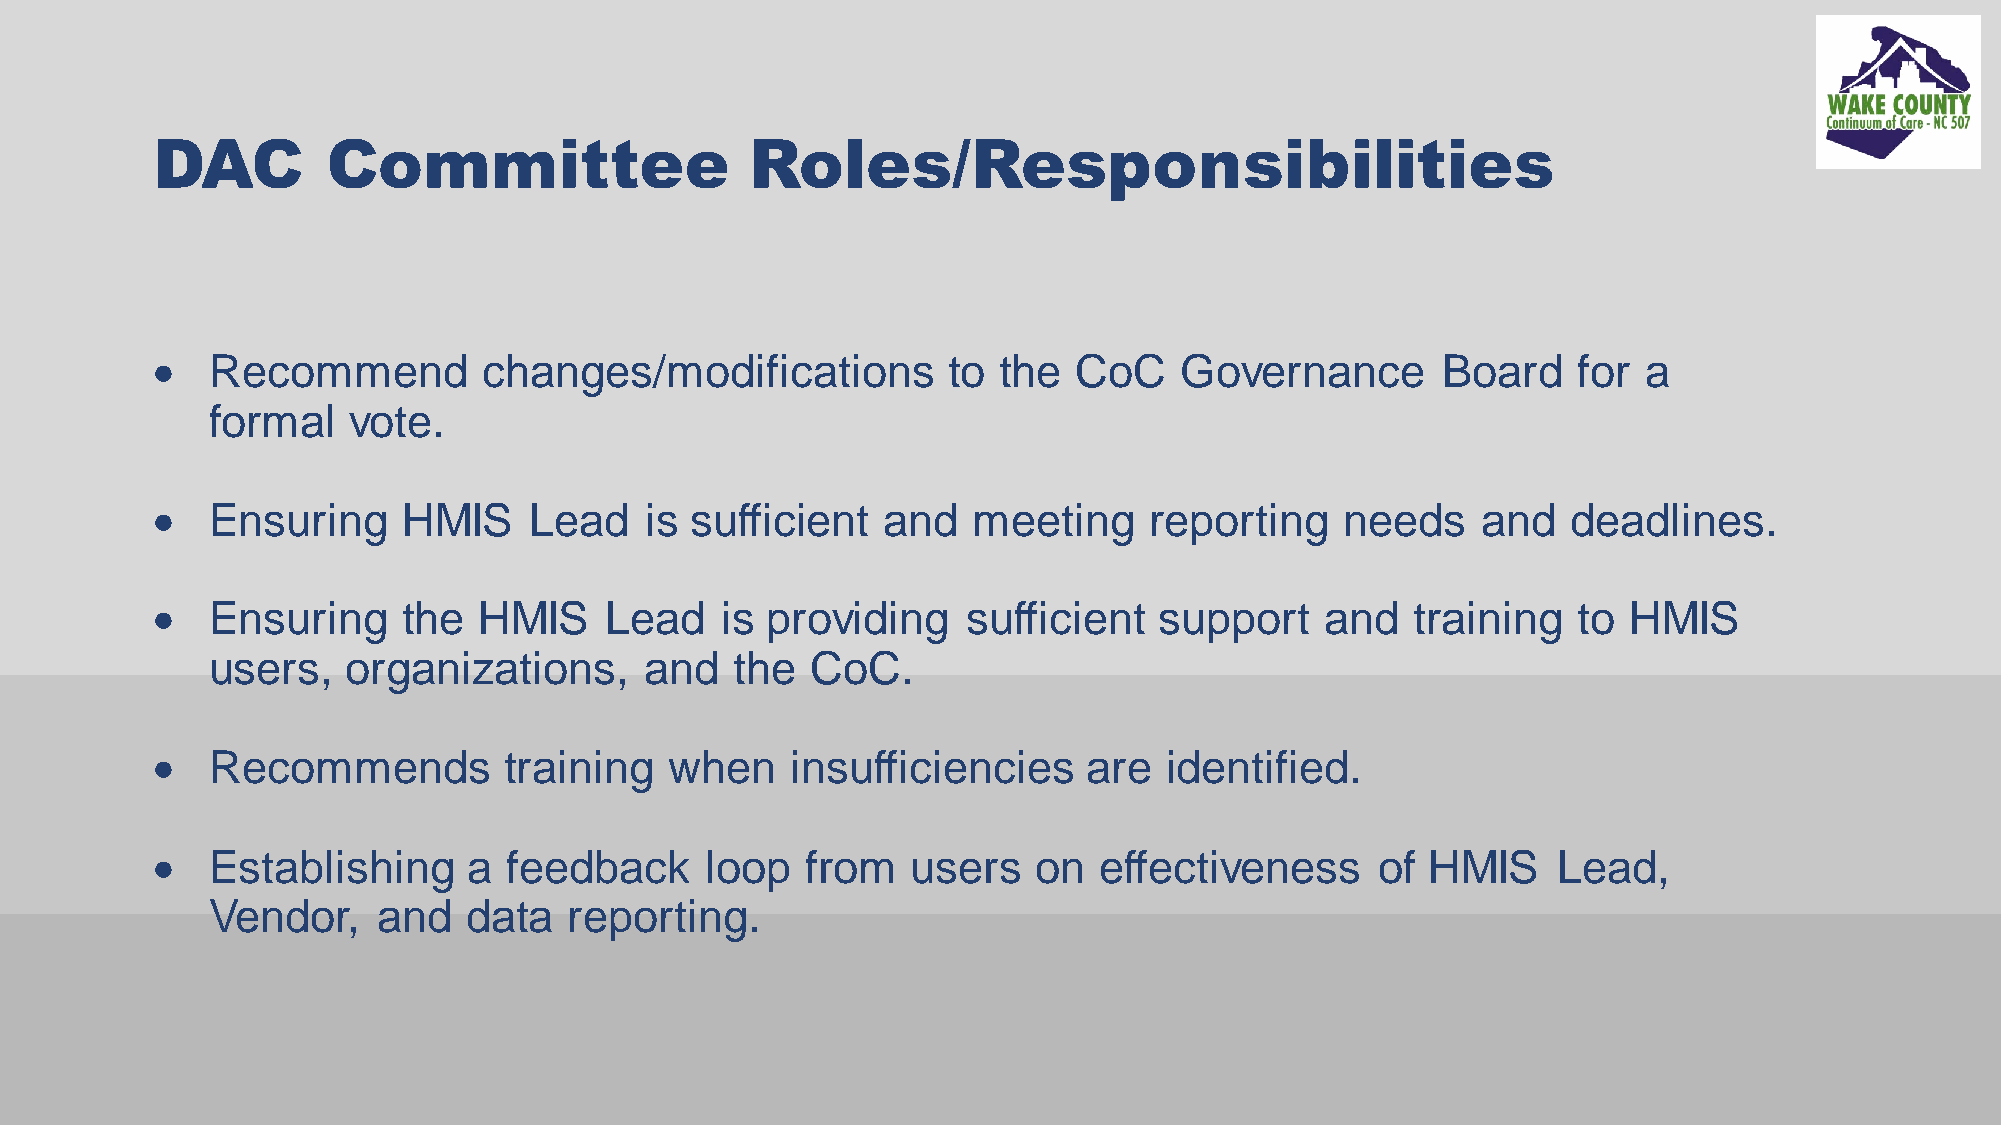
DAC         Committee                   Roles/Responsibilities
 •   Recommend         changes/modifications          to the  CoC    Governance        Board   for  a
 formal   vote.
 •   Ensuring     HMIS    Lead    is sufficient  and   meeting     reporting    needs    and   deadlines.
 •   Ensuring     the  HMIS    Lead    is providing    sufficient   support    and   training  to  HMIS
 users,   organizations,      and   the  CoC.
 •   Recommends         training   when    insufficiencies     are  identified.
 •   Establishing     a  feedback     loop  from   users    on  effectiveness     of  HMIS    Lead,
 Vendor,    and   data   reporting.